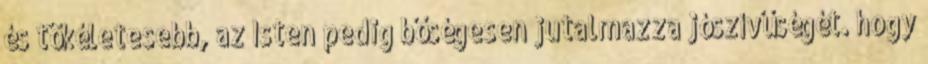
és tökéletesebb, az Isten pedig bőségesen jutalmazza jószívűségét. hogy